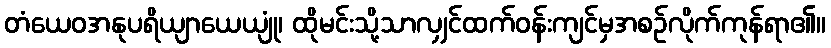
တံယေဝအနုပရိယျာယေယျုံ၊ ထိုမင်းသို့သာလျှင်ထက်ဝန်းကျင်မှအစဉ်လိုက်ကုန်ရာ၏။